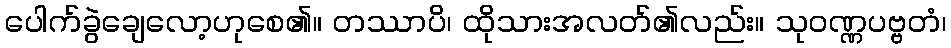
ပေါက်ခွဲချေလော့ဟုစေ၏။ တဿာပိ၊ ထိုသားအလတ်၏လည်း။ သုဝဏ္ဏပဗ္ဗတံ၊